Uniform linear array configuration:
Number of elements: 24
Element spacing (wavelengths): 0.5
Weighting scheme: binomial
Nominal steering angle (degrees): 30
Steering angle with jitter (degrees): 30.275
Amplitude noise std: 0.05
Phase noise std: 0.05

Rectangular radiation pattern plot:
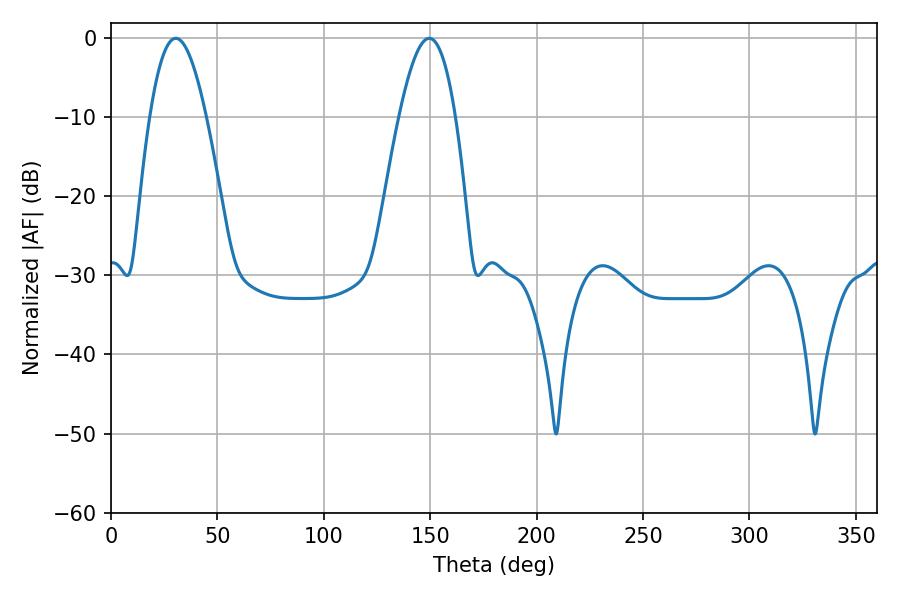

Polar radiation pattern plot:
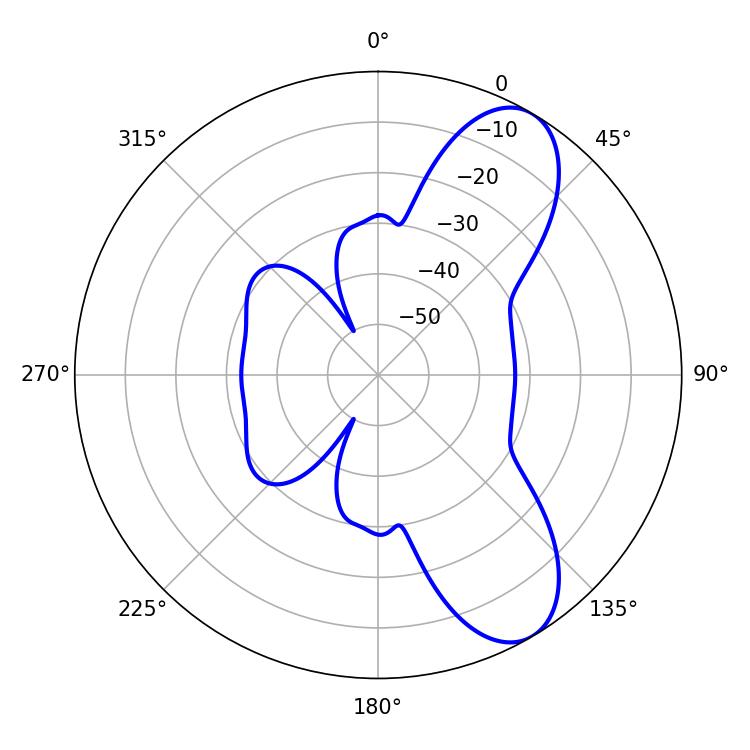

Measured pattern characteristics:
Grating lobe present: FALSE
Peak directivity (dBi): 8.554
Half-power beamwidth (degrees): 14.4
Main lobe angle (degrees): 30.42